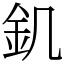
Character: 釠